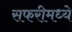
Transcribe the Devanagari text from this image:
सफरीमध्ये